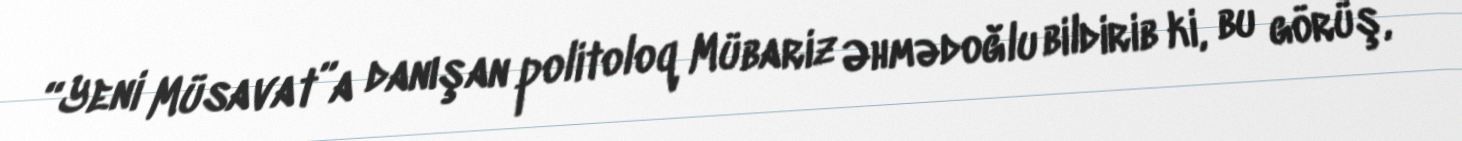
“Yeni Müsavat”a danışan politoloq Mübariz Əhmədoğlu bildirib ki, bu görüş,